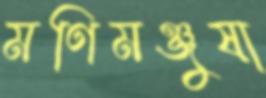
মণিমঞ্জুষা